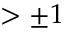
> \pm 1